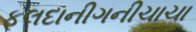
ફૂલદાનીગનીચાચા